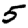
Digit: 5